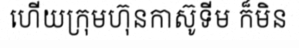
ហើយក្រុមហ៊ុនកាស៊ូទីម ក៏មិន